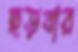
ছড়বার